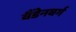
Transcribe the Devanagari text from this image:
वैंडेनबर्ग